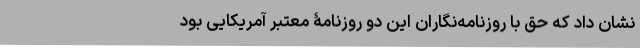
نشان داد که حق با روزنامه‌نگاران این دو روزنامۀ معتبر آمریکایی بود